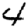
Digit: 4